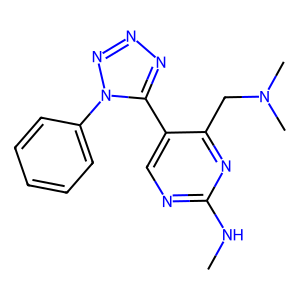
SMILES: CNc1ncc(-c2nnnn2-c2ccccc2)c(CN(C)C)n1
Inhibits HIV replication: No